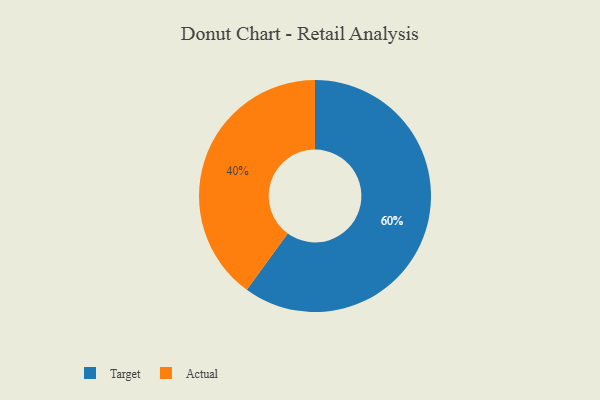
{"axis": {"x": "Category", "y": "Percentage"}, "legend": ["Actual", "Target"], "data": [{"x": "Actual", "y": 40, "type": "Actual"}, {"x": "Target", "y": 60, "type": "Target"}]}